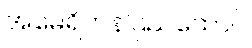
အမေရိကန်ပြည်ထောင်